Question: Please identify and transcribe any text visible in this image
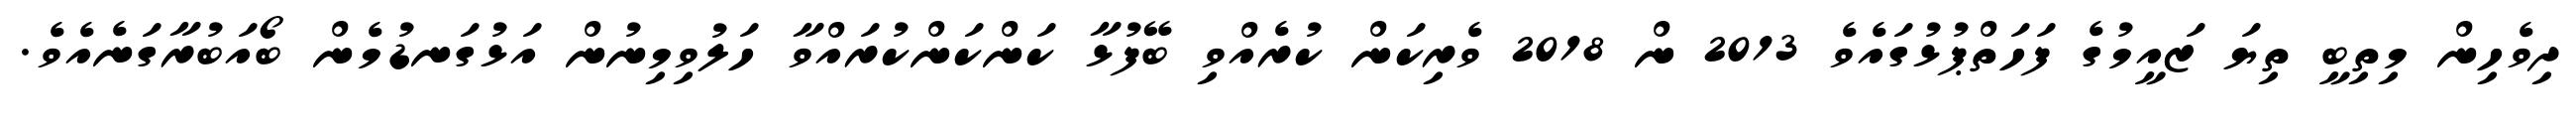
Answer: ދިވެހިން މިތިބީ ތިޔަ ޒައީމުގެ ފަހަތްޕުޅުގައެވެ 2013 ން 2018 ވެރިކަން ކުރެއްވި ބޭފުޅާ ކަންކަންކުރައްވާ ހަލުވިމިނުން އަޅުގަނޑުމެން ބޯއަބުރާގަނެއެވެ.